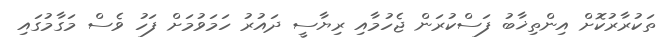
ތަކުރާރުކޮށް އިންތިޚާބު ފަސްކުރަން ޖެހުމާއި ރިޔާސީ ދައުރު ހަމަވުމަށް ފަހު ވެސް މަގާމުގައި